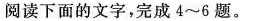
阅读下面的文字，完成4~6题。